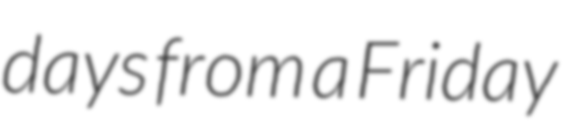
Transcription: days from a Friday